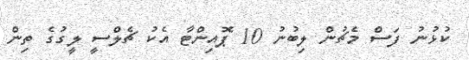
ކުޅުނު ފަސް މެޗުން ލިބުނު 10 ޕޮއިންޓާ އެކު ޗެލްސީ ލީގުގެ ތިން